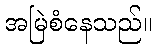
အမြဲစံနေသည်။